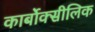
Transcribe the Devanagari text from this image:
कार्बोक्सीलिक